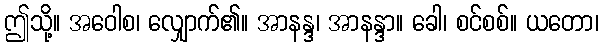
ဤသို့။ အဝေါစ၊ လျှောက်၏။ အာနန္ဒ၊ အာနန္ဒာ။ ခေါ၊ စင်စစ်။ ယတော၊